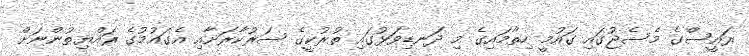
ރައީސްގެ މެސެޖުގައި ގައުމީ ހިތާމައިގެ މި ދަނޑިވަޅުގައި ތުރުކީގެ ސަރުކާރަށާއި އެގައުމުގެ ރައްޔިތުންނަށް